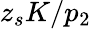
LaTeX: {z_{s}K}/{p_{2}}